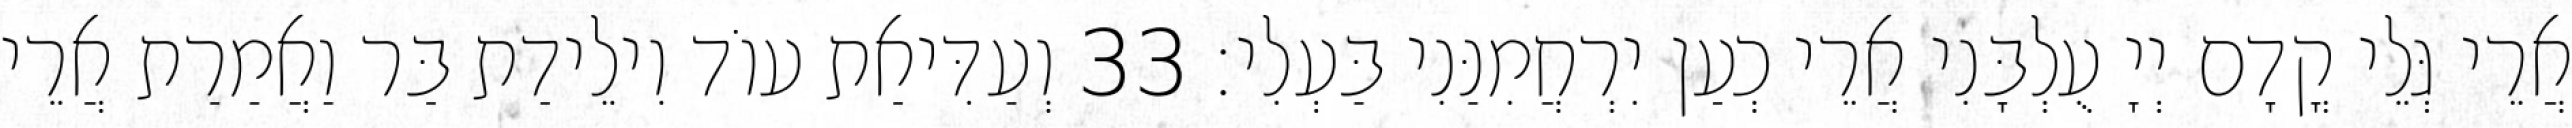
אֲרֵי גְּלֵי קֳדָם יְיָ עֻלְבָּנִי אֲרֵי כְעַן יִרְחֲמִנַּנִי בַּעְלִי׃ 33 וְעַדִּיאַת עוֹד וִילֵידַת בַּר וַאֲמַרַת אֲרֵי